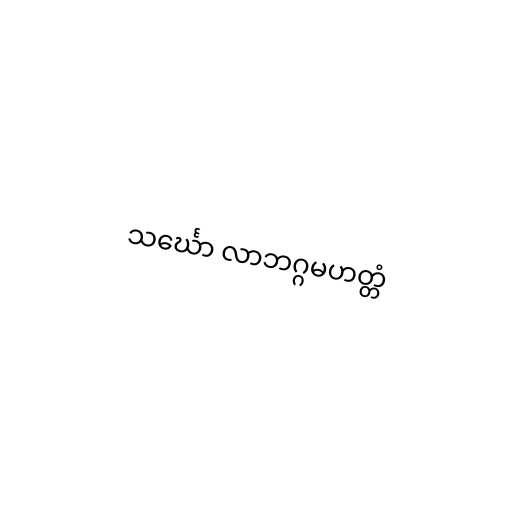
သင်္ဃော လာဘဂ္ဂမဟတ္တံ